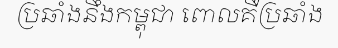
ប្រឆាំងនឹងកម្ពុជា ពោលគឺប្រឆាំង